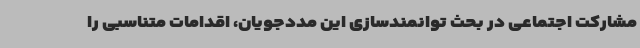
مشارکت اجتماعی در بحث توانمندسازی این مددجویان، اقدامات متناسبی را